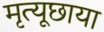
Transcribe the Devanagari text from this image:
मृत्यूछाया